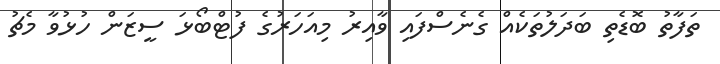
ތަފާތު ބޮޑެތި ބަދަލުތަކެއް ގެނެސްފައި ވާއިރު މިއަހަރުގެ ފުޓްބޯޅަ ސީޒަން ހުޅުވާ މެޗު